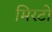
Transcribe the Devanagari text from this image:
मिरटो